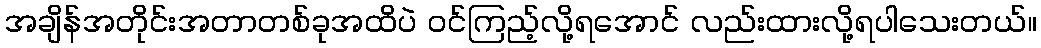
အချိန်အတိုင်းအတာတစ်ခုအထိပဲ ဝင်ကြည့်လို့ရအောင် လည်းထားလို့ရပါသေးတယ်။